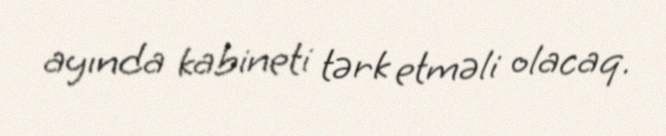
ayında kabineti tərk etməli olacaq.